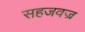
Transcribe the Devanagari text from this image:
सहजवज्र